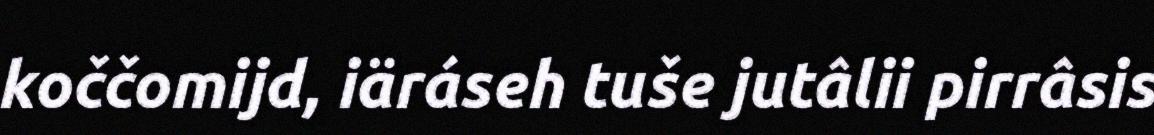
koččomijd, iäráseh tuše jutâlii pirrâsis